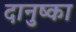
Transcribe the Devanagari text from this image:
दानुष्का